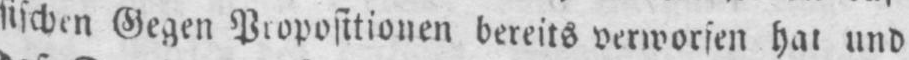
sischen Gegen Propositionen bereits verworfen hat und